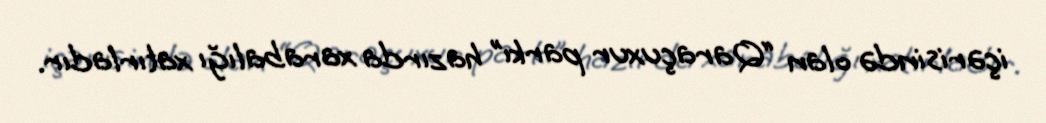
içərisində olan “Qaraçuxur parkı” hazırda xarabalığı xatırladır.